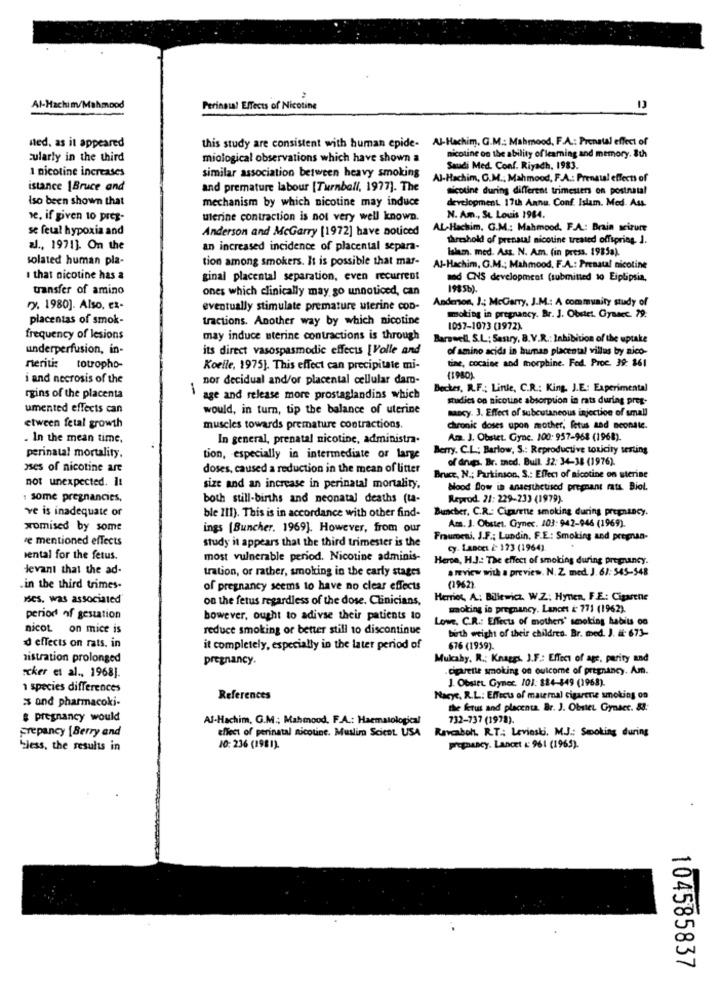
Al-Hachim/Mahmood
Perinatal Effects of Nicotine
this study are consistent with human epide- Al-Hachim. G.M .: Mahmood, F.A .: Prenatal effect of
ned, as it appeared
cularly in the third
miological observations which have shown a
nicotine on the ability of learning and memory. 8th
1 nicotine increases
Saudi Med. Conf. Riyadh, 1983.
similar association between heavy smoking
Al-Hachim, G.M .; Mahmood, F.A .: Prenatal effects of
istance \Bruce and
and premature labour [Turnball, 1977]. The
nicotine during different trimesters on postnatal
iso been shown that
development. 17th Annu. Conf. Islam. Med- Ass.
mechanism by which nicotine may induce
ve, if given to pres-
ulerine contraction is not very well known.
N. Am ., St. Louis 1984.
se fetal hypoxia and
Anderson and McGarry [1972] have noticed
AL-Hachim, G.M .: Mahmood, F.A .: Brain seizure
threshold of prenatal nicotine treated offspring. J.
aJ ., 1971]. On the
an increased incidence of placental separa-
Islam. med. Ass. N. Am. (in press. 1985a).
solated human pla-
tion among smokers. It is possible that mar-
Al-Hachim, G.M .; Mahmood, F.A .: Prenatal nicotine
that nicotine has a
ginal placental separation, even recurrent
med CNS development (submitted 10 Eiplipsia,
transfer of amino
ones which clinically may go unnoticed, can
1985b).
Anderen, J .: McGarry, J.M .: A community study of
2. 1980]. Also, ex-
eventually stimulate premature uterine con-
placentas of smok-
tractions. Another way by which nicotine
moking in pregnancy. Br. J. Obrict. Gyasec. 79:
1057-1073 (1972)
frequency of lesions
may induce uterine contractions is through
Barswell, S.L; Sestry, B.V.R .: Inhibition of the uptake
underperfusion, in-
its direct vasospasmodic effects [Volle and
of amino acids in human placental villas by nico-
tine, cocaine and morphine. Fed. Proc. 39: 161
meriti: totropho-
Koelle, 1975}. This effect can precipitate mi-
i and necrosis of the
nor decidual and/or placental cellular dam-
(1980).
Becker, R.F .; Linie, C.R .: King, J.E: Experimental
rgins of the placenta
age and release more prostaglandins which
studies on nicotine absorption in rats during pret-
umented effects can
would, in turn, tip the balance of uterine
nancy. 3. Effect of subcutaneous injection of small
etween fetal growth
muscles towards premature contractions.
chronic doses upon mother, fetus and neonate.
. In the mean time.
In general, prenatal nicotine, administra-
Am. J. Obstet. Gync. 100: 957-968 (1968).
Berry. C.L .; Barlow, S .: Reproductive toxicity testing
perinatal mortality.
tion, especially in intermediate or large
of drugs. Br. med. Bull. 32: 34-38 (1976).
oses of nicotine are
doses, caused a reduction in the mean of litter
not unexpected. It
Bruce, N .; Parkinson, S .: Effect of nicotine on sterine
size and an increase in perinatal mortality.
Hood Bow is anaesthetised pregnant rats. Biol.
1 some pregnancies,
both still-births and neonatal deaths (ta-
Reprod. 21: 229-233 (1979).
ve is inadequate or
Bucher, C.R .: Cipartie smoking during pregnancy.
ble III). This is in accordance with other find-
Am. J. Obstet. Gynec. 103- 942-946 (1969).
xomised by some
ings [Buncher. 1969]. However, from our
re mentioned effects
study it appears that the third trimester is the
Fraumeni, J.F .; Lundin, F.E .: Smoking and pregnan-
cy. Lancet i: 173 (1964).
iental for the fetus.
most vulnerable period. Nicotine adminis-
Herce, H.J .: The effect of smoking during pregnancy.
devant that the ad-
tration, or rather, smoking in the early stages
a review with a preview. N. Z med. J. 61: 545-548
.in the third trimes-
of pregnancy seems to have no clear effects
(1962)
MScs, was associated
on the fetus regardless of the dose. Clinicians,
Hemos, A: Billewicz. W.Z. Hynen, F.E .: Cigarene
woking in pregnancy. Lancet & 771 (1962).
period of gestation
bowever, ought to adivse their patients to
Lowe. C.R .: Effects of mothers' smoking habits on
nicot on mice is
reduce smoking or better still to discontinue
birth weight of their children. Br. med. J. #: 673-
d effects on rats. in
it completely, especially in the later period of
676 (1959).
nistration prolonged
pregnancy.
Mukaby. R .; Knaggs. J.F .: Effect of age, parity and
cigarette smoking on outcome of pregnancy. Am.
"cker et al ., 1968].
J. Obstet Gynec. 101: 184-849 (1968).
1 species differences
References
Marye. R.L: Effects of maumal cigarete smoking on
$ and pharmacoki-
the fetus and placenta. Br. J. Obstet Gyneet. &:
& pregnancy would
Al-Hachim, G.M .; Mahmood, F.A .: Haematological
732-737 (1978).
prepancy [Berry and
effect of perinatal nicotine. Muslim Scient USA Ravcaboh. R.T .: Levinski, M.J .: Smoking during
bless, the results in
10: 236 (1981).
pregnancy. Lancet &: 961 (1965).
104585837